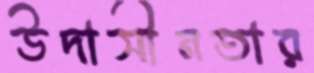
উদাসীনতার